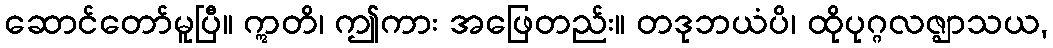
ဆောင်တော်မူပြီ။ ဣတိ၊ ဤကား အဖြေတည်း။ တဒုဘယံပိ၊ ထိုပုဂ္ဂလဇ္ဈာသယ,